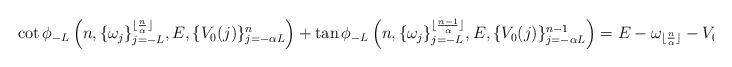
LaTeX: \begin{align*}\cot \phi_{-L}\left(n,\{\omega_j\}_{j=-L}^{\lfloor{\frac{n}{\alpha}\rfloor}},E,\{V_0(j)\}_{j=-\alpha L}^{n}\right)+\tan\phi_{-L}\left(n,\{\omega_j\}_{j=-L}^{\lfloor{\frac{n-1}{\alpha}\rfloor}}, E,\{V_0(j)\}_{j=-\alpha L}^{n-1}\right)=E-\omega_{\lfloor{\frac{n}{\alpha}\rfloor}}-V_0(n).\end{align*}